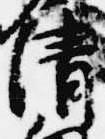
情